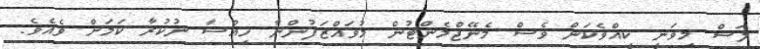
ލަސް މިވަނީ ކީއްވެކަން ވެސް މެނޭޖްމެންޓުން މުވައްޒަފުންނާ ހިއްސާ ނުކުރާ ކަމަށް ވެއެވެ.